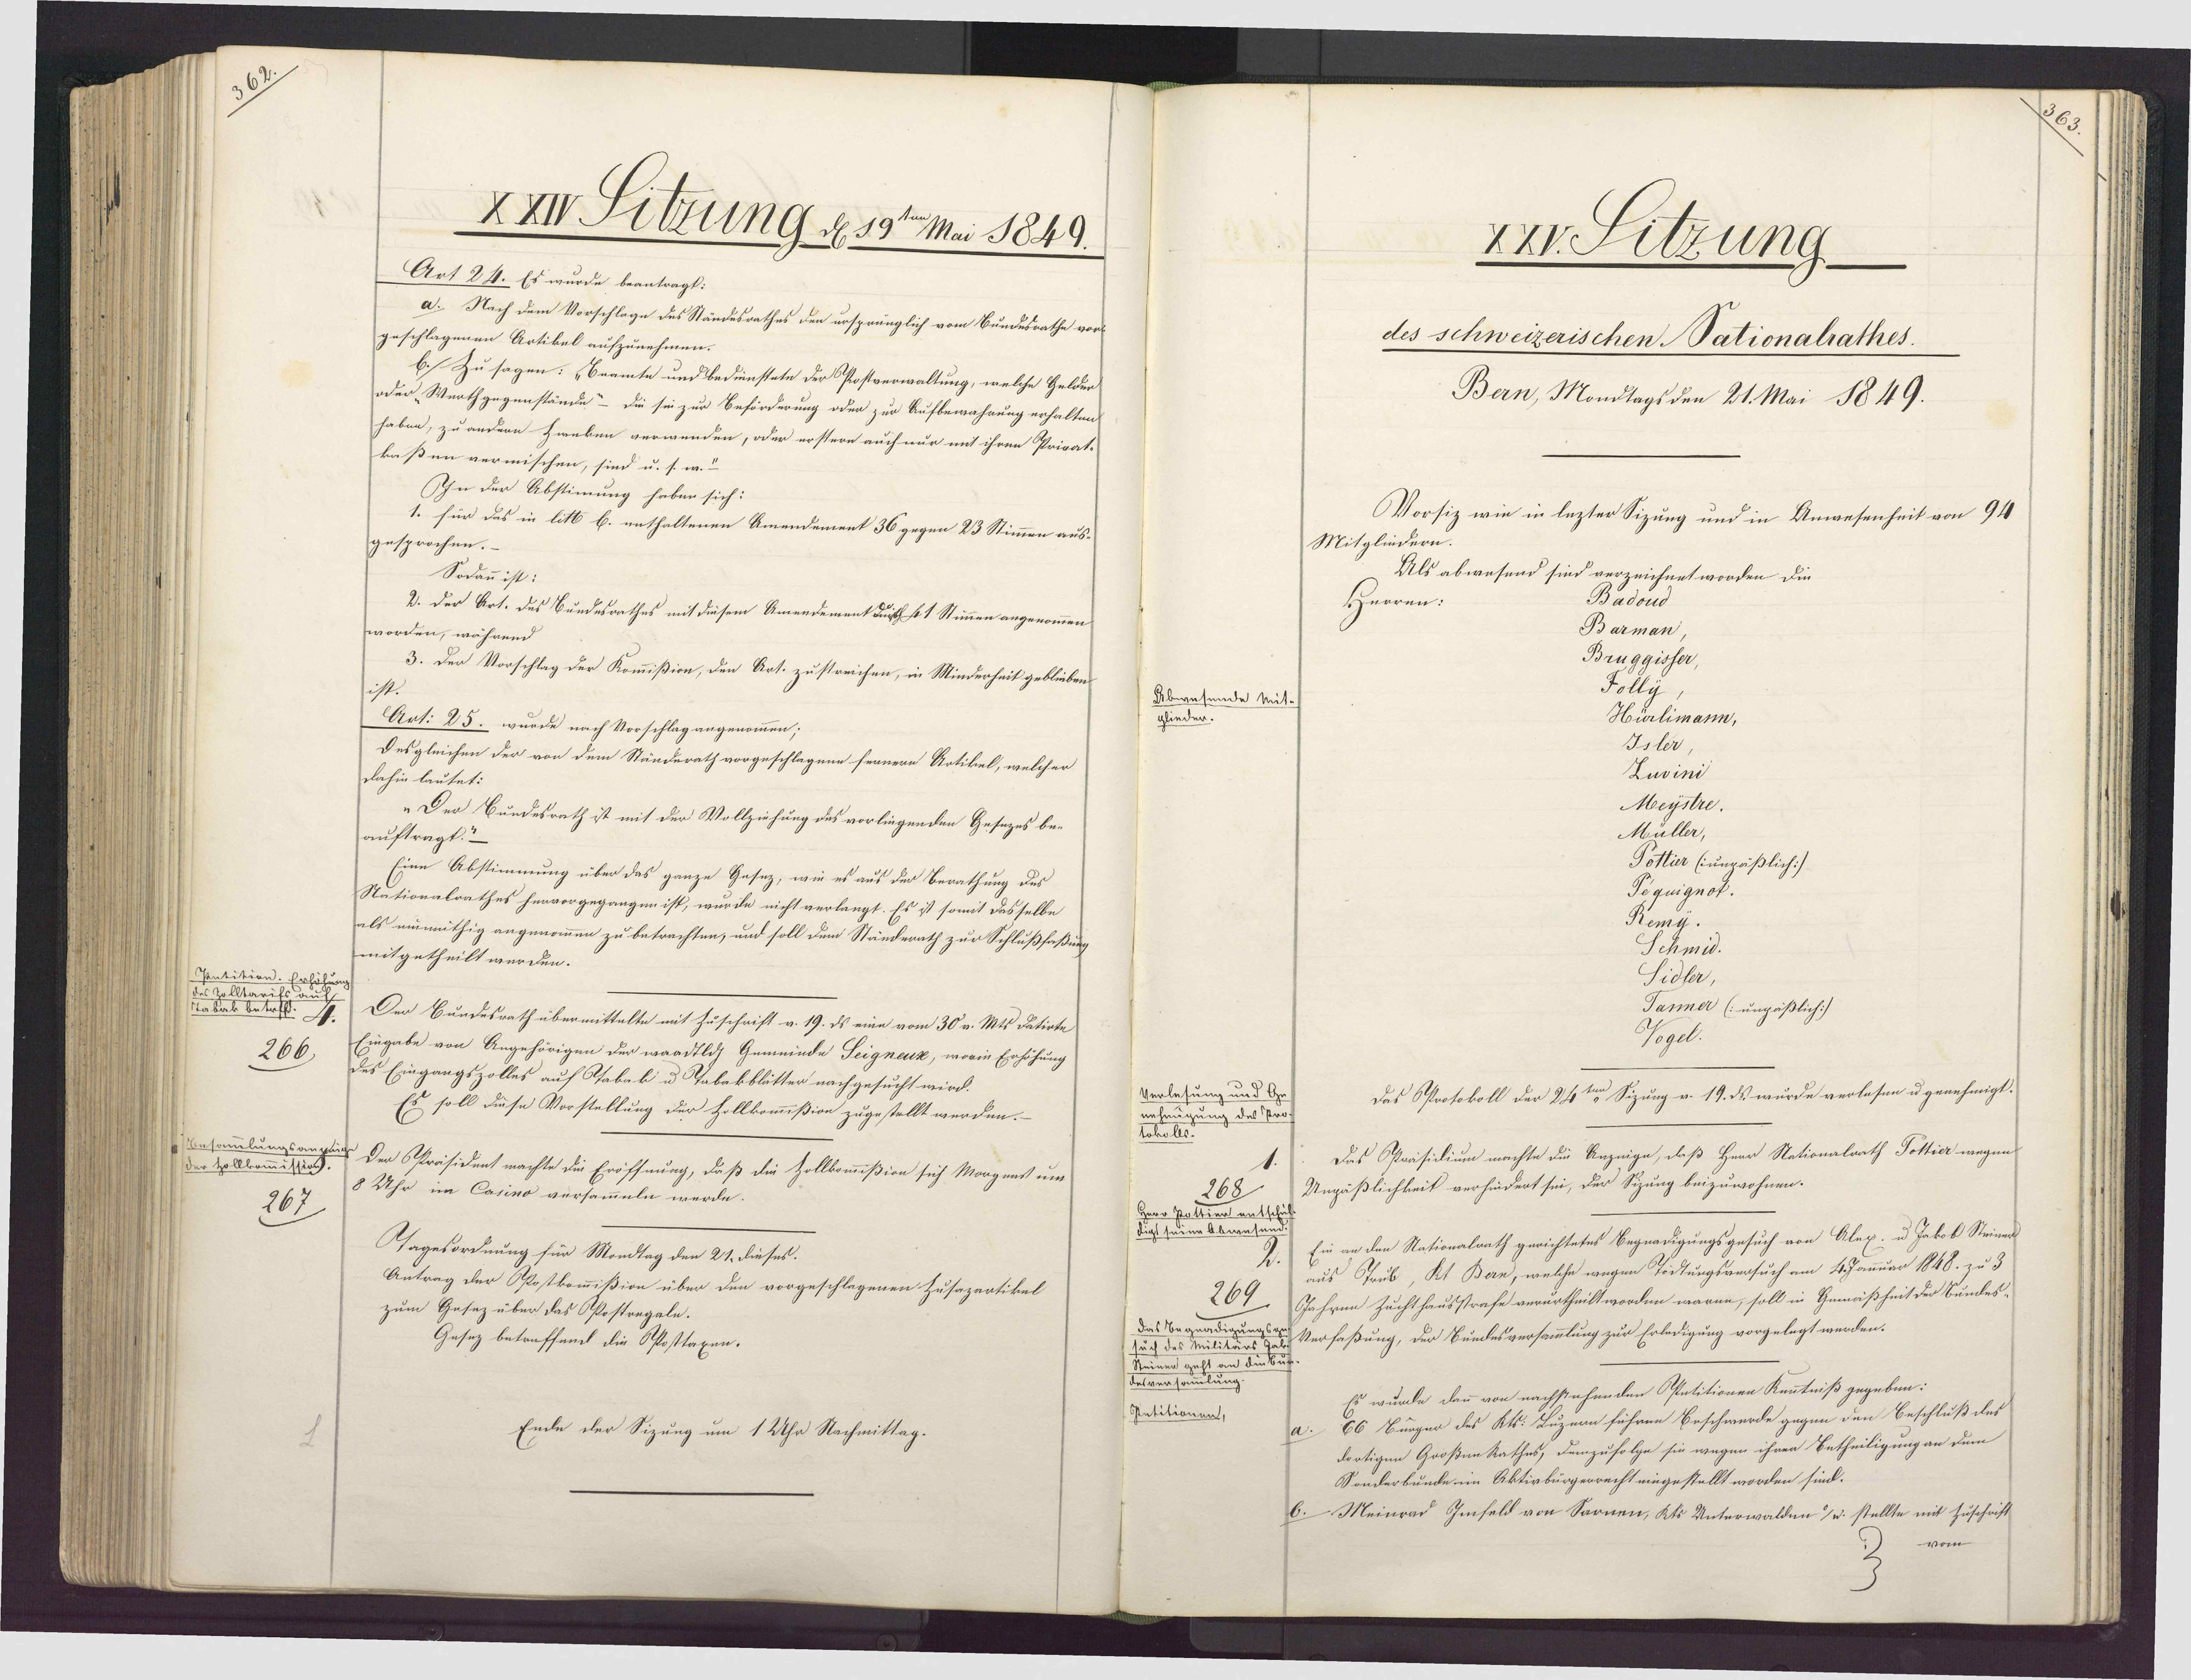
8
XXVV Titzung d 19ten Mai 1849.
Art 24. Es wurde beantragt:
a. Nach dem Vorschlage des Ständesrathes den urspränglich vom Bundesrathe vor¬
geschlagenen Artikal aufzunehmen.
b. Zu sagen: „Beamte und bedienstete der Postverwaltung, welche Gelden¬
oder „Wurthgegenstände“– die sie zur Beförderung oder zur Aufbewahrung erhalten
haben, zu andern Zwnken verwenden, oder erstern auch nur mit ihren Privat¬
kaßen vermischen, sind u. s. w.
Ihn der Abstimung haben sich:
1. für das in litt b. enthaltenen Amendement 36 gegen 23 Stimmen aus¬
gesprochen.
Sodann ist:
2. Der Art. des Bundesrathes mit diesem Amendemant durth so 1 Stimmen angenommen
worden, während
3. Der Vorschlag der Kommißion, den Art. zustreichen, in Minderheit geblieben
Art: 25. wurde nach Vorschlag angenommen;
Desgleichen der von dem Ständerath vorgeschlagene fernern Artikel, welcher
dahin lautet:
„Der Bundesrath ist mit der Vollziehung des vorliegenden Gesezes be¬
auftragt.“
Eine Abstimmung über das ganze Gesez, wie es aus der Berathung des
Nationalrathes hervorgegangen ist, wurde nicht verlangt. Es ist somit dasselbe
als einmithig angenommen zu betrachten, und soll dem Ständerath zur Schlußfaßung
mitgetheilt werden.
Pentition
es Zelltarig
alas et.
Der Bundesrath übermittelte mit Zuschrift v. 19. ds eine vom 30 v. Mts datiote
Eingabe von Angehörigen der waadtlch Gemeinde Seigneuk, worin Erhöhung
266
des Eingangszolles auf Oabak u Tabekblätter nachgesucht wird.
Es soll diese Vorstellung der Hollkommißion zugestellt werden.-
Besammlungsanpli Der räsident machte die Eröffnung, daß die Zollkommißion sich Morgenst unt
der Zollkommission
8 Uhr im Casino versammeln werde.
267
Tagesordnung für Mondtag den 21. dieses.
Antrag der PPostkommißion über den vorgeschlagenen Zusazartikel
zum Gesez über das Ppostregale.
Gesez betreffend die Pposttaxen.
Ende der Sizung um 1 Uhr Nachmittag.

XXV. Sitzung.
des schweizerischen Nationalathes.
Bern, Mondtags den 21. Mai 1849.
Vorsiz wie in lezter Sizung und in Anwesenheit von 94.
Mitglindern.
Als abwesend sind verzeichnet worden die
Badoud
Herren:
Barman
Bruggisser
Folly
Abwesende kit
Hürlimann,
glieder.
Isler
Luvini
Meystre.
Müller,
Pottier (unpäßlich:/
Pequignot.
Remy.
Schmid.
Sidler,
Tanner (ungäßlich:/
Ogel.
Verlesung und G
Das Protokoll der 24ten Sizung v. 19. ds. wurde verlesen u genehmigt.
nehnigung des Pro
tokolls.
Das Präsidium machte die Anzeige, daß Herr Nationalrath Pöltier wegen
Ungäßlichkeit verhindert sei, der Sizung beizuwohnen.
268
Herr Pottien ents
digt seine Abwese
Ein an den Nationalrath gerichtetes Begnadigungsgesuch von Alex- u Jakob Steiner
aus Grub, Kt Bern, welche wegen Tidtungsversuch am 4. Januar 1848. zu 3
269
Jahren Zuchthausstrafe verurtheilt worden waren, soll in Gemäßheit der Bundes-
das Begnädigungs Verfaßung, der Bundesversammlung zur Erledigung vorgelegt werden.
such des Militärs
Steinen geht an de
desversammlung
Es wurde dann von nachstehenden Petitionen Kenntniß gegeben:
Pntitionen,
66 Bürger des Kts. Luzern führen Beschwerde gegen den Beschluß des
dortigen Großenkathes, demzufolge sie wegen ihren Betheiligung an dem
Sonderbunde im Aktivbürgerrecht eingestellt worden sind.
6. Meinrad Gefeld von Sarnen, kts Unterwalden) u. stellte mit Zuschrift
vom